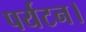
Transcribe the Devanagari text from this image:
पर्यटन।